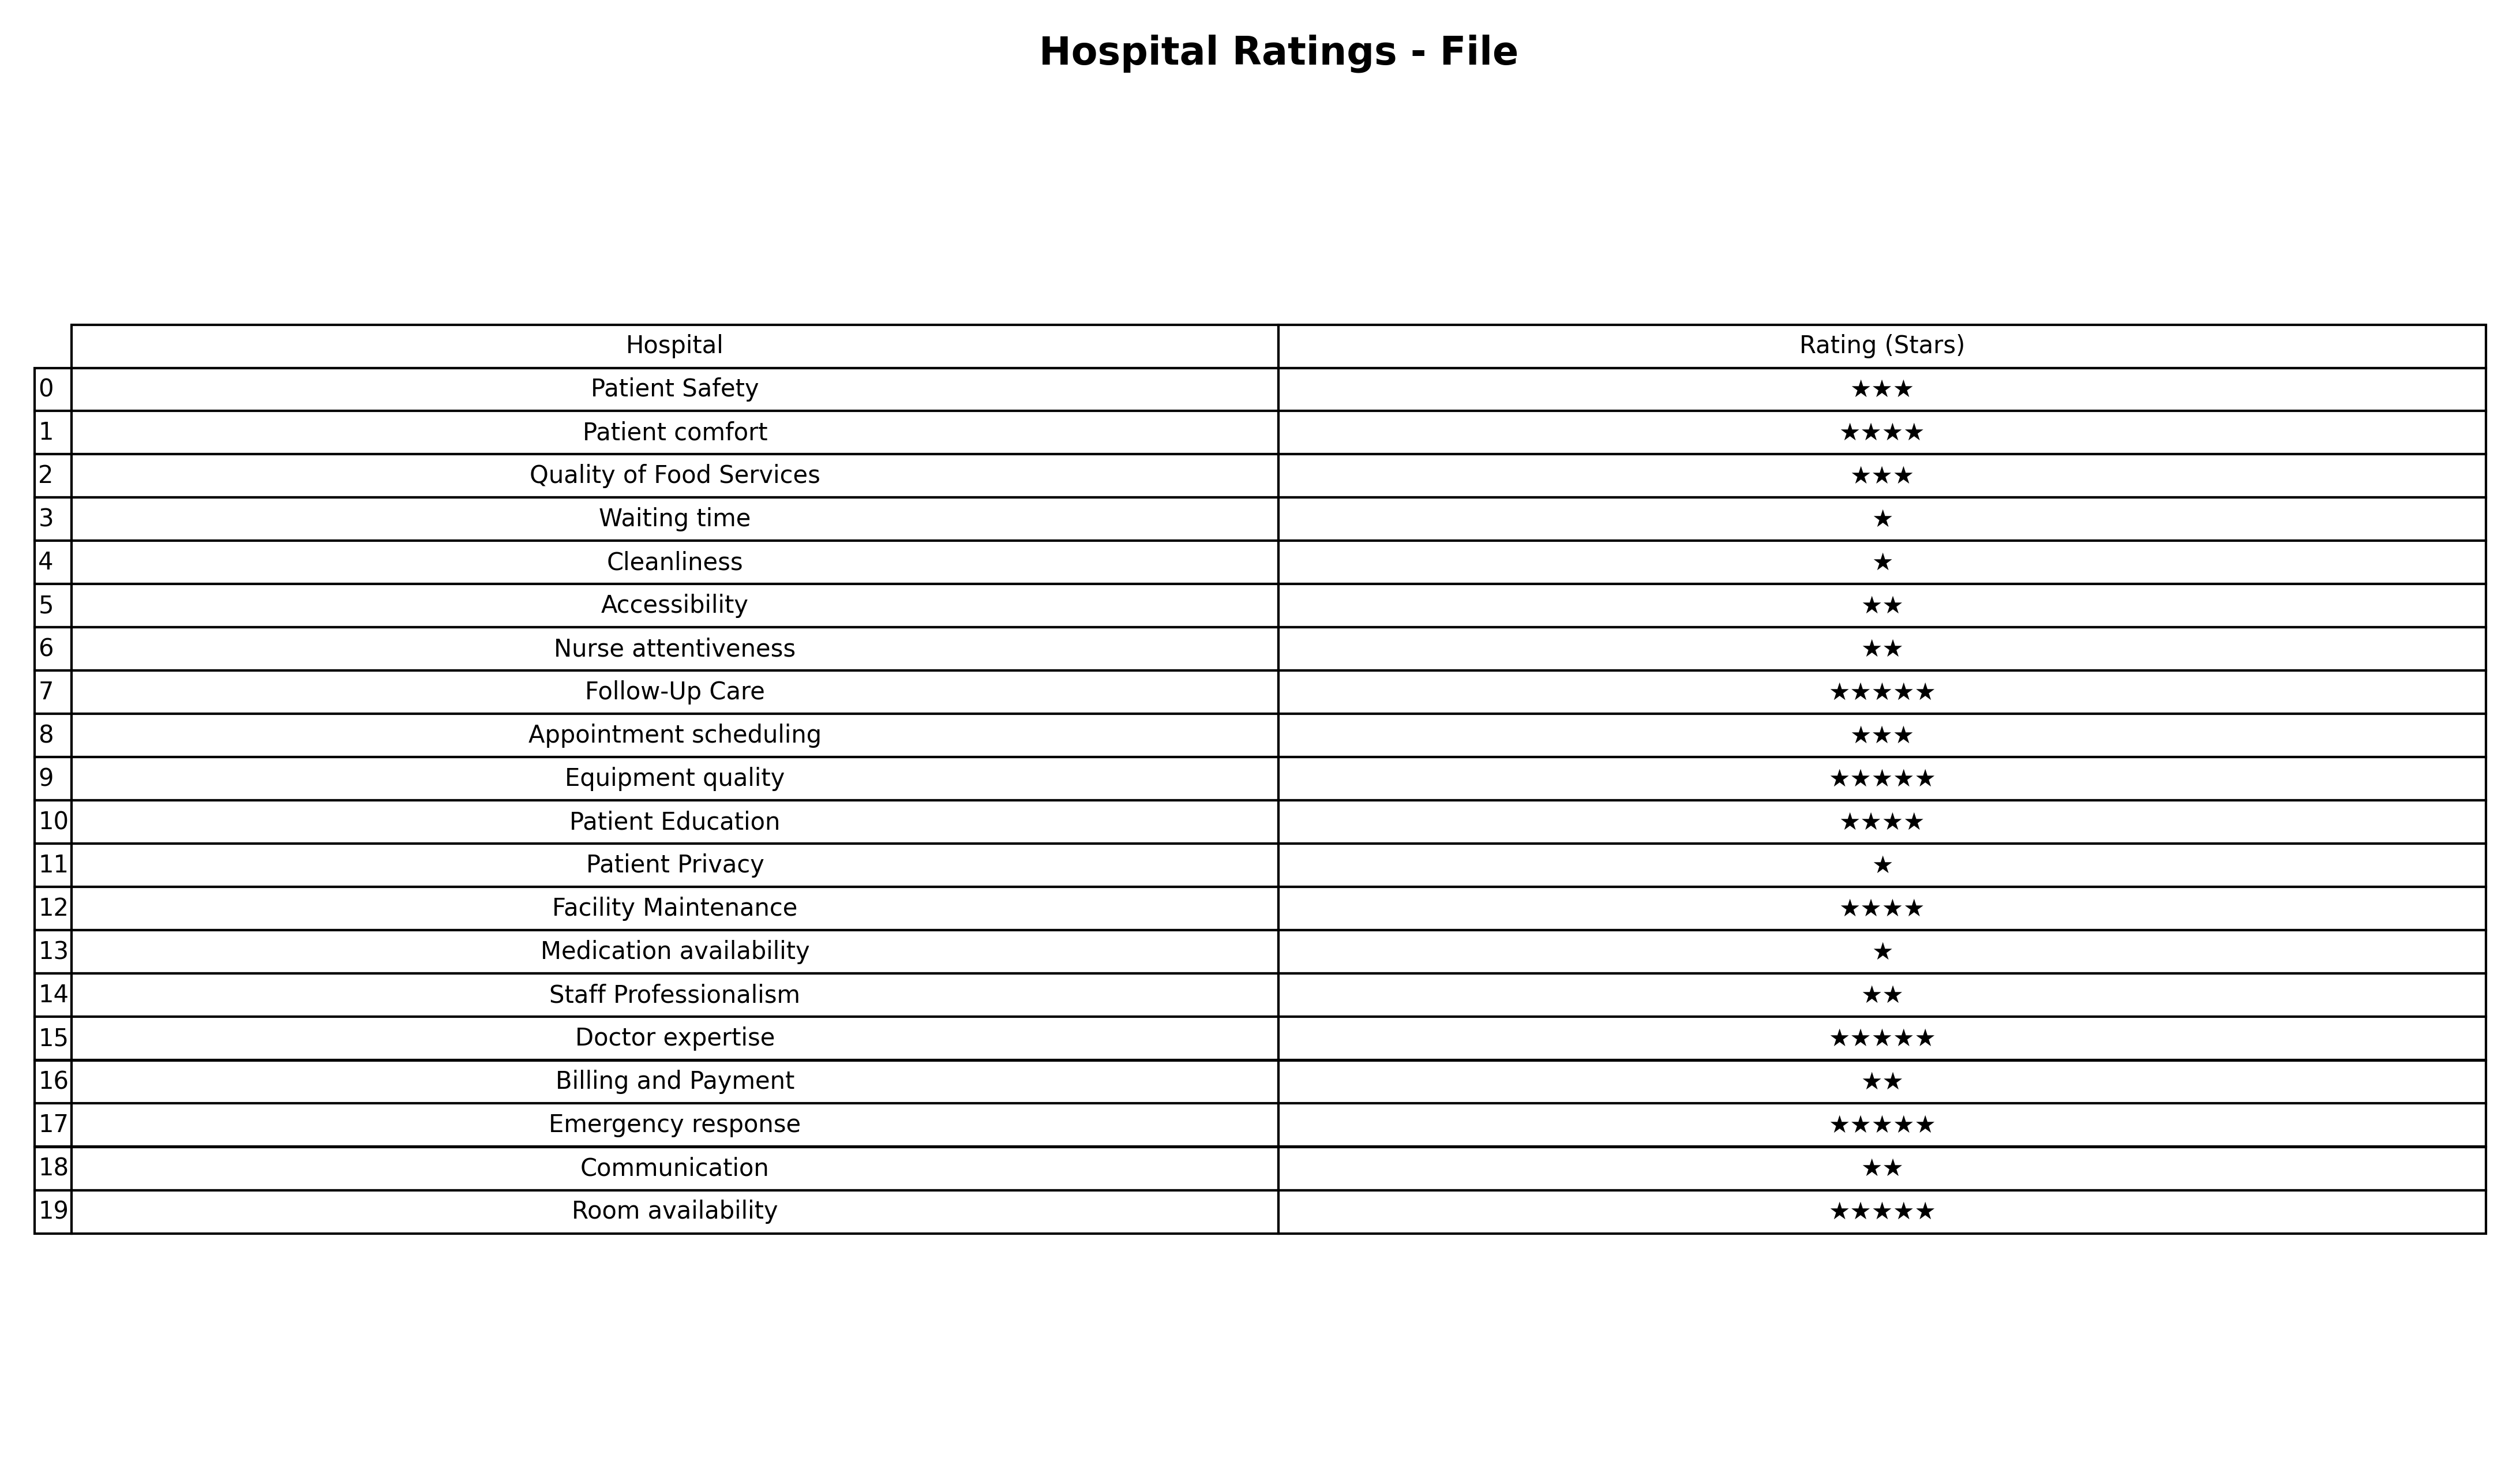
question: What is the rating of Patient Privacy?
answer: ★